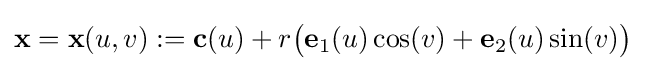
{\mathbf {x} }={\mathbf {x} }(u,v):={\mathbf {c} }(u)+r{\big (}{\mathbf {e} }_{1}(u)\cos(v)+{\mathbf {e} }_{2}(u)\sin(v){\big )}